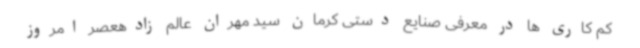
کم کاری ها در معرفی صنایع دستی کرمان سید مهران عالم زادهعصر امروز